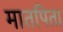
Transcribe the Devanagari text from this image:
मातपिता